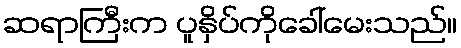
ဆရာကြီးက ပူနှိပ်ကိုခေါ်မေးသည်။